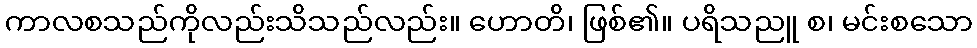
ကာလစသည်ကိုလည်းသိသည်လည်း။ ဟောတိ၊ ဖြစ်၏။ ပရိသညူ စ၊ မင်းစသော